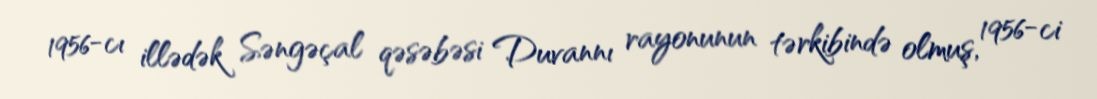
1956-cı illədək Səngəçal qəsəbəsi Duvannı rayonunun tərkibində olmuş, 1956-ci